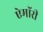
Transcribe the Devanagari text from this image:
ऐमॉरी